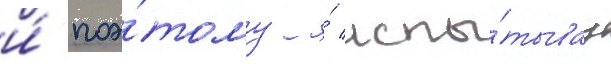
и́ поэ́тому я́ испы́тывау